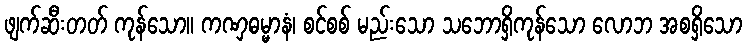
ဖျက်ဆီးတတ် ကုန်သော။ ကဏှဓမ္မာနံ၊ စင်စစ် မည်းသော သဘောရှိကုန်သော လောဘ အစရှိသော